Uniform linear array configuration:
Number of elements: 12
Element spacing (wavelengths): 0.75
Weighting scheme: hamming
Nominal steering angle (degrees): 30
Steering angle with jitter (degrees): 28.746
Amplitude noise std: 0.05
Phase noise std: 0.05

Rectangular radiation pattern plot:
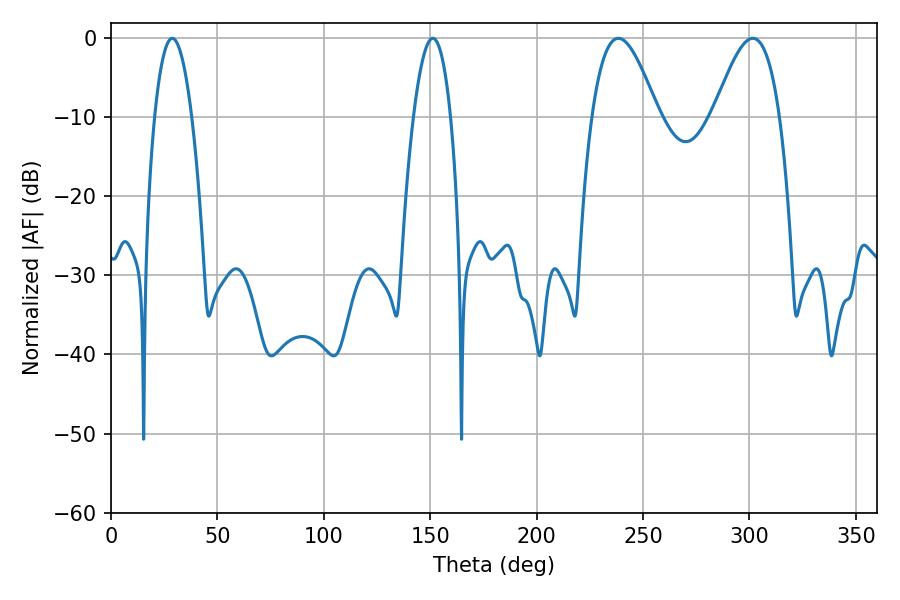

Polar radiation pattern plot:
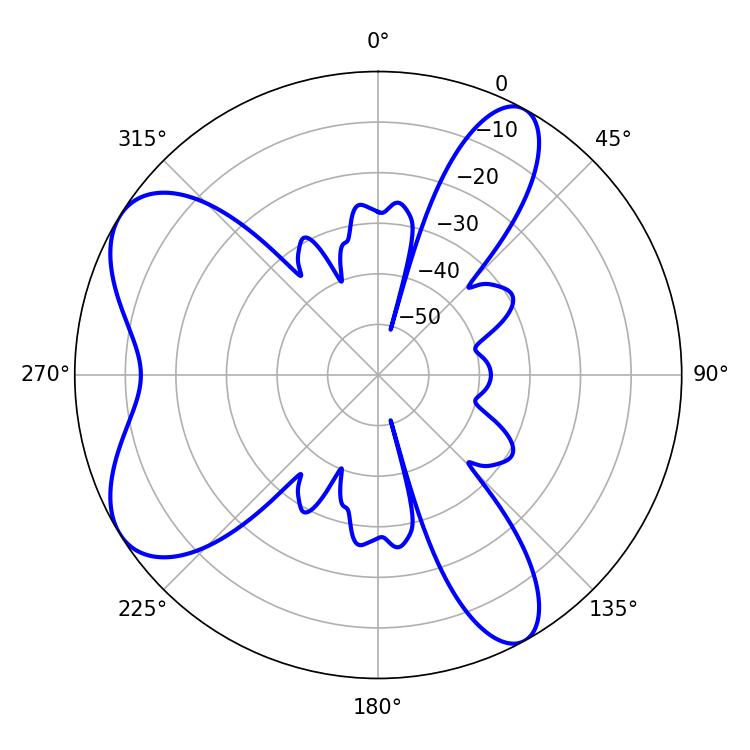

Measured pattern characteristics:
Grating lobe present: TRUE
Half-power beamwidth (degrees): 9.54
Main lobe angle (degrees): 28.8